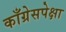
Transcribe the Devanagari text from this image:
काँग्रेसपेक्षा